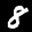
Label: 8